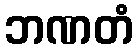
ဘဏတံ